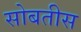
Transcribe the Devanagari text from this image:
सोबतीस